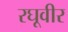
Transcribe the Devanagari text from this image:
रघूवीर